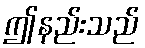
ဤနည်းသည်